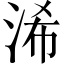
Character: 浠